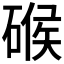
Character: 𱴞